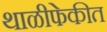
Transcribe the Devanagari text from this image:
थाळीफेकीत